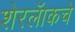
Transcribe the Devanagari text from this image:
शेरलॅाकचे